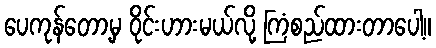
ပေကုန်တော့မှ ဝိုင်းဟားမယ်လို့ ကြံစည်ထားတာပေါ့။